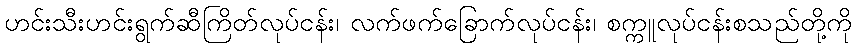
ဟင်းသီးဟင်းရွက်ဆီကြိတ်လုပ်ငန်း၊ လက်ဖက်ခြောက်လုပ်ငန်း၊ စက္ကူလုပ်ငန်းစသည်တို့ကို